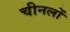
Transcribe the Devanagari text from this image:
चीनलों